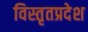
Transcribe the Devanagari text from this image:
विस्तृतप्रदेश